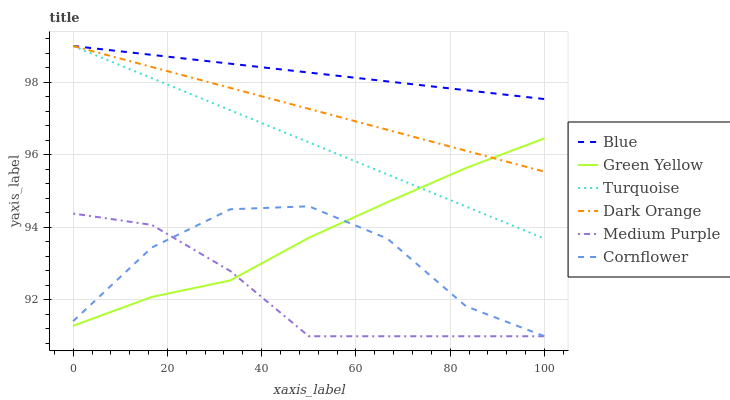
| xaxis_label | Blue | Green Yellow | Turquoise | Dark Orange | Medium Purple | Cornflower |
 | --- | --- | --- | --- | --- | --- | --- |
 | 0 | 99 | 91.3 | 99 | 99 | 94.4 | 91.4 |
 | 16.7 | 98.8 | 92.1 | 98.1 | 98.4 | 94.1 | 93.4 |
 | 33.3 | 98.5 | 92.5 | 97.2 | 97.8 | 92.8 | 94.5 |
 | 50 | 98.3 | 93.7 | 96.3 | 97.3 | 91 | 94.6 |
 | 66.7 | 98 | 94.7 | 95.5 | 96.7 | 91 | 93.7 |
 | 83.3 | 97.8 | 95.6 | 94.6 | 96.1 | 91 | 91.8 |
 | 100 | 97.5 | 96.5 | 93.7 | 95.5 | 91 | 91 |